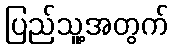
ပြည်သူ့အတွက်